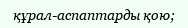
құрал-аспаптарды қою;